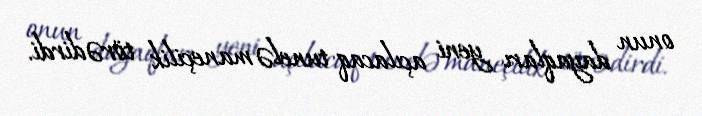
onun dayaqları yeni açılacaq tunelə maneçilik törədirdi.